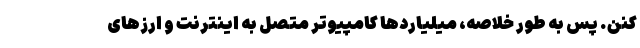
کنن. پس به طور خلاصه، میلیاردها کامپیوتر متصل به اینترنت و ارزهای